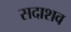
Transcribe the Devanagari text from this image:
सदाशव